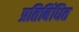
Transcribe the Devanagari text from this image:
प्रतिबिंधित